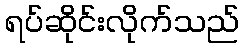
ရပ်ဆိုင်းလိုက်သည်